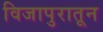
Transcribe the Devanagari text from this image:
विजापुरातून